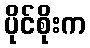
ပိုင်စိုးက